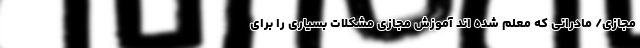
مجازی/ مادرانی که معلم شده اند آموزش مجازی مشکلات بسیاری را برای